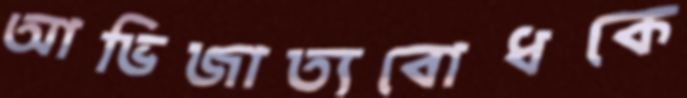
আভিজাত্যবোধকে